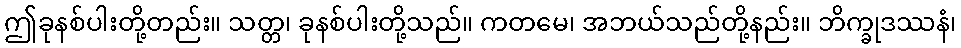
ဤခုနစ်ပါးတို့တည်း။ သတ္တ၊ ခုနစ်ပါးတို့သည်။ ကတမေ၊ အဘယ်သည်တို့နည်း။ ဘိက္ခုဒဿနံ၊